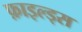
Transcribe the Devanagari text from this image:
फ़ाइल्ड्स